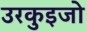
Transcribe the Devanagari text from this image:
उरकुइजो